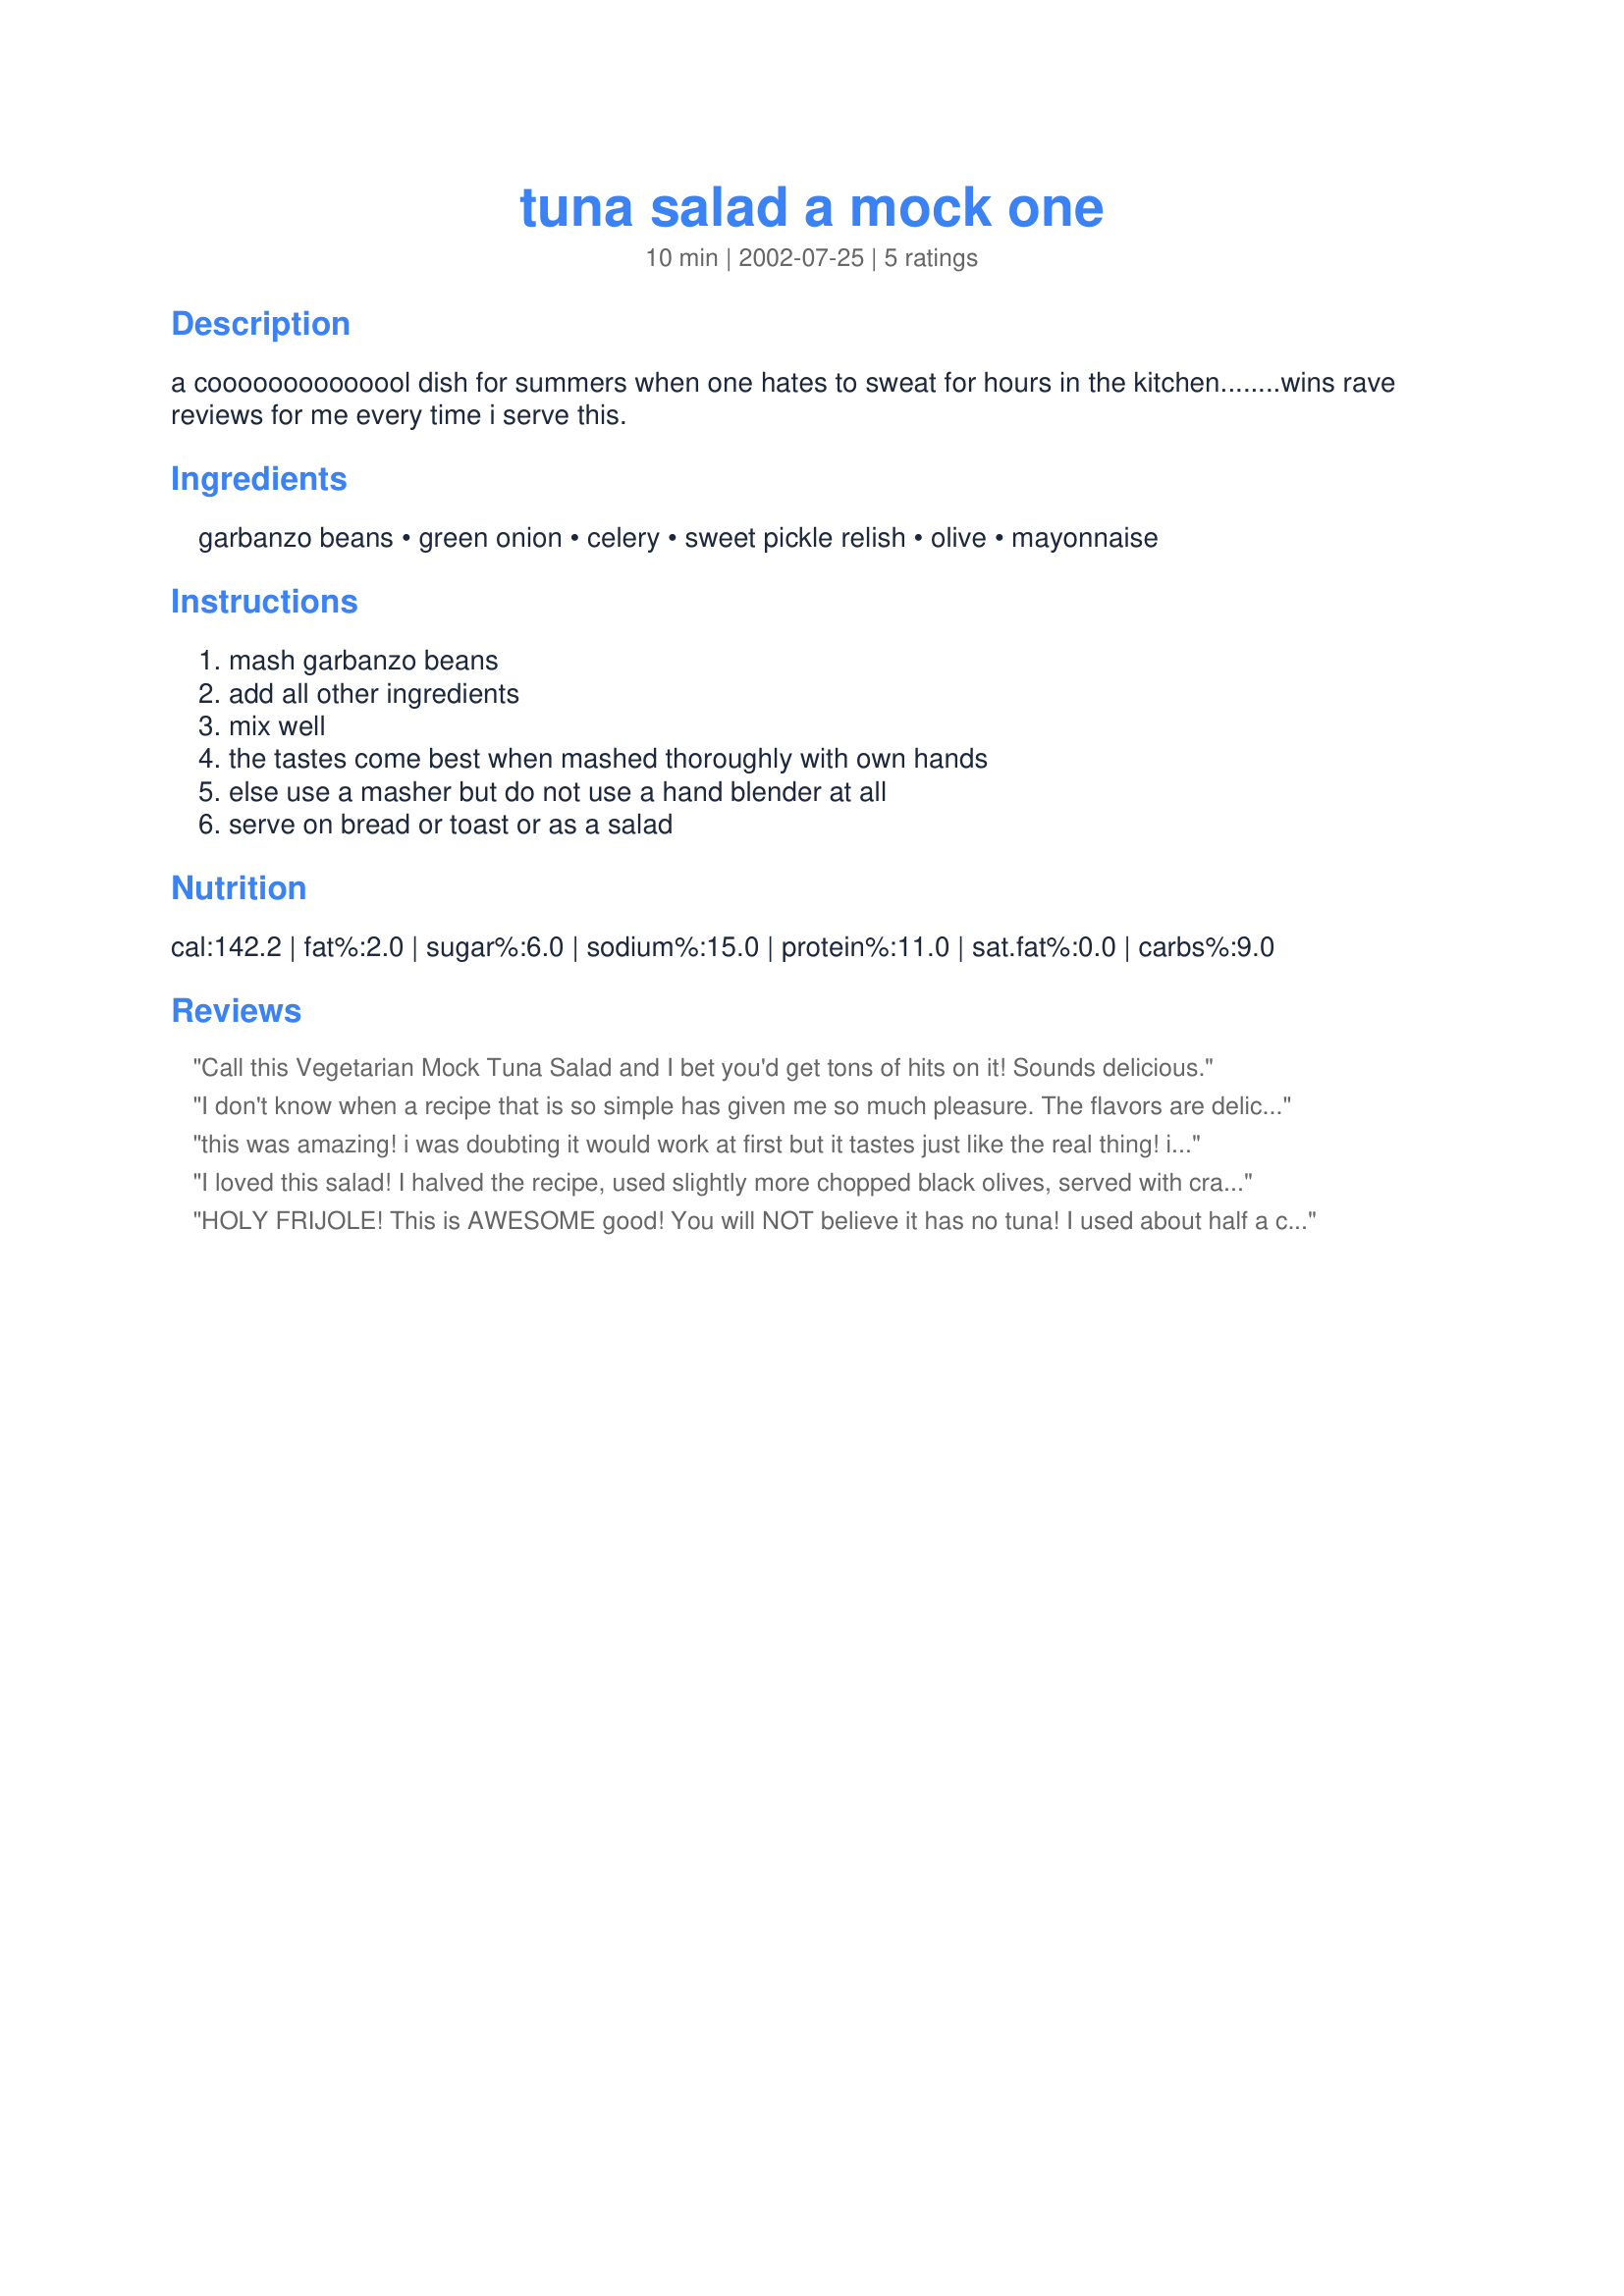
tuna salad a mock one
Preparation time: 10 minutes

a coooooooooooool dish for summers when one hates to sweat for hours in the kitchen........wins rave reviews for me every time i serve this.

Ingredients:
garbanzo beans, green onion, celery, sweet pickle relish, olive, mayonnaise

Steps:
mash garbanzo beans, add all other ingredients, mix well, the tastes come best when mashed thoroughly with own hands, else use a masher but do not use a hand blender at all, serve on bread or toast or as a salad

Reviews:
Call this Vegetarian Mock Tuna Salad and I bet you'd get tons of hits on it! Sounds delicious.
I don't know when a recipe that is so simple has given me so much pleasure. The flavors are delicious and do, indeed, taste like tuna salad without the fishy smell. I mashed the garbanzo beans and added the green onions, celery seed, a double portion of chopped salad olives, a generous sifting of dried dill weed. I bound the salad together with a full tablespoon of Dukes Sandwich spread which contains chopped pickles, and with enough plain Duke's Mayonnaise to complete the binding process.It was great just after I fixed it, but even greater after sitting in the refrigerator for a couple of hours to allow the flavors to meld. I'm afraid that "Charlie the Tuna" will not be gracing my table again in a salad, but perhaps for a casserole! The salad would be good on pita or a rustic bread. Thanks Mini R for this very special recipe!
this was amazing! i was doubting it would work at first but it tastes just like the real thing! i haven't had a tuna sandwich in 12 years, this tastes like my childhood. thank you so much for this recipe!
I loved this salad! I halved the recipe, used slightly more chopped black olives, served with crackers. I used about 1 tbls. of mayo. Thanks! Made for Cookbook tag.
HOLY FRIJOLE! This is AWESOME good! You will NOT believe it has no tuna! I used about half a can of black olives (because I&#039;m a black olive freak!) but everything else the same and it was crazy good! a MUST HAVE in your vegan repertoire.
